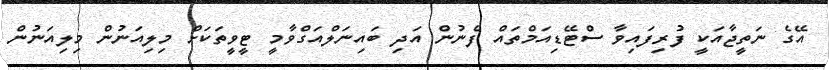
އޭގެ ނަތީޖާއަކީ ފުރިފައިވާ ސްޓޭޑިއަމްތައް ފެނުން އަދި ބައިނަލްއަގްވާމީ ޓީވީތަކަށް މިލިއަނުން މިލިއަނުން